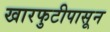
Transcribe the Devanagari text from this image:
खारफुटीपासून